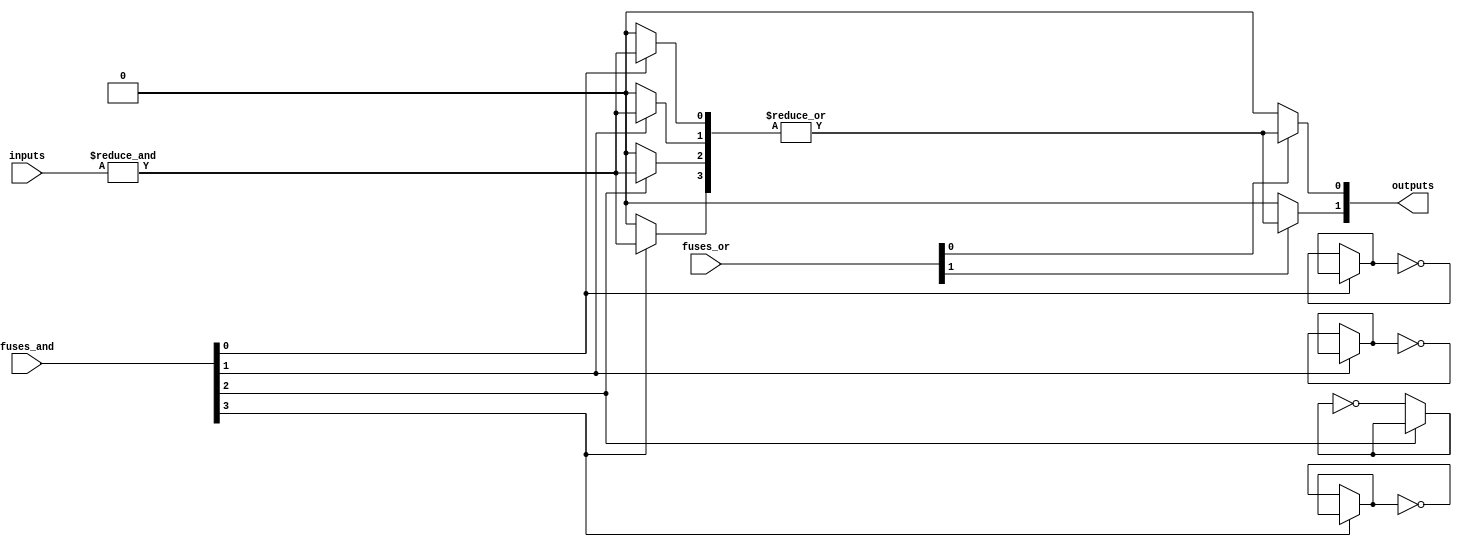
module PLA #(
    parameter N = 4, // Number of inputs
    parameter M = 2, // Number of outputs
    parameter AND_GATES = 4, // Number of AND gates
    parameter OR_GATES = 2 // Number of OR gates
)(
    input [N-1:0] inputs, // Input signals
    input [N-1:0] fuses_and, // Fuse configuration for AND gates (1 = intact, 0 = blown)
    input [AND_GATES-1:0] fuses_or, // Fuse configuration for OR gates (1 = intact, 0 = blown)
    output reg [M-1:0] outputs // Output signals
);

// Internal wires for AND gate outputs
wire [AND_GATES-1:0] and_outputs;

// AND array implementation
genvar i, j;
generate
    for (i = 0; i < AND_GATES; i = i + 1) begin : and_gate
        wire [N-1:0] and_input;
        assign and_input = {inputs[N-1], inputs[N-2], inputs[N-3], inputs[N-4]}; // Connect inputs
        
        // Invert inputs based on fuse configuration
        genvar k;
        for (k = 0; k < N; k = k + 1) begin : input_inversion
            assign and_input[k] = fuses_and[k] ? inputs[k] : ~inputs[k];
        end
        
        // AND gate logic (simple AND operation)
        assign and_outputs[i] = fuses_and[i] ? &and_input : 1'b0; // Only active if fuse is intact
    end
endgenerate

// OR array implementation
generate
    for (j = 0; j < OR_GATES; j = j + 1) begin : or_gate
        // Connect AND outputs to OR gates based on fuse configuration
        assign outputs[j] = fuses_or[j] ? |and_outputs : 1'b0; // Only active if fuse is intact
    end
endgenerate

endmodule